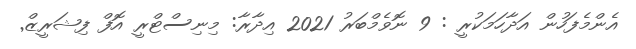
އެންމެފަހުން އަދާހަމަކުރީ : 9 ނޮވެމްބަރު 2021 އިދާރާ: މިނިސްޓްރީ އޮފް ފިޝަރީޒް